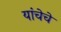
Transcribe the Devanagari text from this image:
यांचेचे